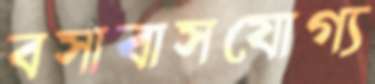
বসাবাসযোগ্য